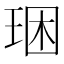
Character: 𤥳